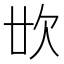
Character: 𣢓